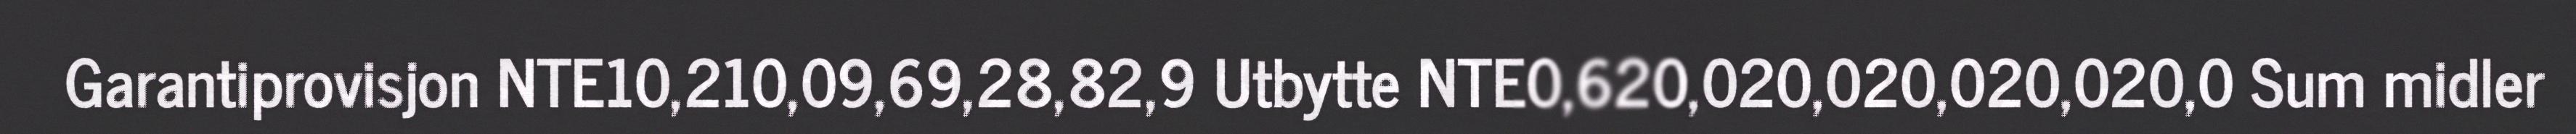
Garantiprovisjon NTE10,210,09,69,28,82,9 Utbytte NTE0,620,020,020,020,020,0 Sum midler